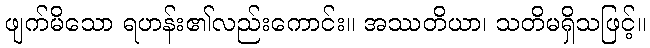
ဖျက်မိသော ရဟန်း၏လည်းကောင်း။ အဿတိယာ၊ သတိမရှိသဖြင့်။